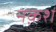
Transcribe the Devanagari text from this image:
नक़श